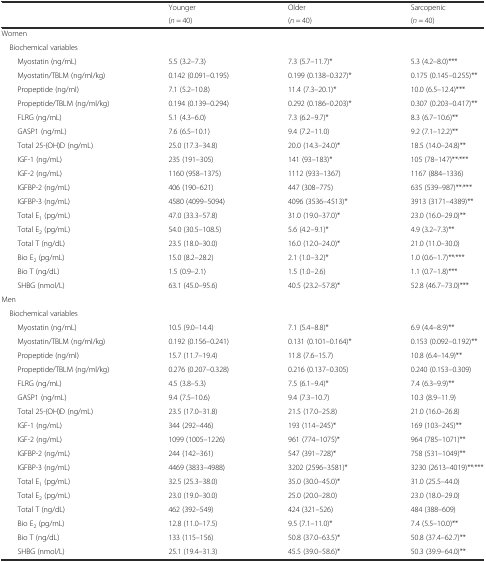
<table><thead><tr><td></td><td><b>Younger</b></td><td><b>Older</b></td><td><b>Sarcopenic</b></td></tr><tr><td></td><td><b>(<i>n</i> = 40)</b></td><td><b>(<i>n</i> = 40)</b></td><td><b>(<i>n</i> = 40)</b></td></tr></thead><tbody><tr><td colspan="4">Women</td></tr><tr><td colspan="4"> Biochemical variables</td></tr><tr><td>Myostatin (ng/mL)</td><td>5.5 (3.2–7.3)</td><td>7.3 (5.7–11.7)*</td><td>5.3 (4.2–8.0)***</td></tr><tr><td>Myostatin/TBLM (ng/ml/kg)</td><td>0.142 (0.091–0.195)</td><td>0.199 (0.138–0.327)*</td><td>0.175 (0.145–0.255)**</td></tr><tr><td>Propeptide (ng/ml)</td><td>7.1 (5.2–10.8)</td><td>11.4 (7.3–20.1)*</td><td>10.0 (6.5–12.4)***</td></tr><tr><td>Propeptide/TBLM (ng/ml/kg)</td><td>0.194 (0.139–0.294)</td><td>0.292 (0.186–0.203)*</td><td>0.307 (0.203–0.417)**</td></tr><tr><td>FLRG (ng/mL)</td><td>5.1 (4.3–6.0)</td><td>7.3 (6.2–9.7)*</td><td>8.3 (6.7–10.6)**</td></tr><tr><td>GASP1 (ng/mL)</td><td>7.6 (6.5–10.1)</td><td>9.4 (7.2–11.0)</td><td>9.2 (7.1–12.2)**</td></tr><tr><td>Total 25-(OH)D (ng/mL)</td><td>25.0 (17.3–34.8)</td><td>20.0 (14.3–24.0)*</td><td>18.5 (14.0–24.8)**</td></tr><tr><td>IGF-1 (ng/mL)</td><td>235 (191–305)</td><td>141 (93–183)*</td><td>105 (78–147)**<sup>,</sup>***</td></tr><tr><td>IGF-2 (ng/mL)</td><td>1160 (958–1375)</td><td>1112 (933–1367)</td><td>1167 (884–1336)</td></tr><tr><td>IGFBP-2 (ng/mL)</td><td>406 (190–621)</td><td>447 (308–775)</td><td>635 (539–987)**<sup>,</sup>***</td></tr><tr><td>IGFBP-3 (ng/mL)</td><td>4580 (4099–5094)</td><td>4096 (3536–4513)*</td><td>3913 (3171–4389)**</td></tr><tr><td>Total E<sub>1</sub> (pg/mL)</td><td>47.0 (33.3–57.8)</td><td>31.0 (19.0–37.0)*</td><td>23.0 (16.0–29.0)**</td></tr><tr><td>Total E<sub>2</sub> (pg/mL)</td><td>54.0 (30.5–108.5)</td><td>5.6 (4.2–9.1)*</td><td>4.9 (3.2–7.3)**</td></tr><tr><td>Total T (ng/dL)</td><td>23.5 (18.0–30.0)</td><td>16.0 (12.0–24.0)*</td><td>21.0 (11.0–30.0)</td></tr><tr><td>Bio E<sub>2</sub> (pg/mL)</td><td>15.0 (8.2–28.2)</td><td>2.1 (1.0–3.2)*</td><td>1.0 (0.6–1.7)**<sup>,</sup>***</td></tr><tr><td>Bio T (ng/dL)</td><td>1.5 (0.9–2.1)</td><td>1.5 (1.0–2.6)</td><td>1.1 (0.7–1.8)***</td></tr><tr><td>SHBG (nmol/L)</td><td>63.1 (45.0–95.6)</td><td>40.5 (23.2–57.8)*</td><td>52.8 (46.7–73.0)***</td></tr><tr><td colspan="4">Men</td></tr><tr><td colspan="4"> Biochemical variables</td></tr><tr><td>Myostatin (ng/mL)</td><td>10.5 (9.0–14.4)</td><td>7.1 (5.4–8.8)*</td><td>6.9 (4.4–8.9)**</td></tr><tr><td>Myostatin/TBLM (ng/ml/kg)</td><td>0.192 (0.156–0.241)</td><td>0.131 (0.101–0.164)*</td><td>0.153 (0.092–0.192)**</td></tr><tr><td>Propeptide (ng/ml)</td><td>15.7 (11.7–19.4)</td><td>11.8 (7.6–15.7)</td><td>10.8 (6.4–14.9)**</td></tr><tr><td>Propeptide/TBLM (ng/ml/kg)</td><td>0.276 (0.207–0.328)</td><td>0.216 (0.137–0.305)</td><td>0.240 (0.153–0.309)</td></tr><tr><td>FLRG (ng/mL)</td><td>4.5 (3.8–5.3)</td><td>7.5 (6.1–9.4)*</td><td>7.4 (6.3–9.9)**</td></tr><tr><td>GASP1 (ng/mL)</td><td>9.4 (7.5–10.6)</td><td>9.4 (7.3–10.7)</td><td>10.3 (8.9–11.9)</td></tr><tr><td>Total 25-(OH)D (ng/mL)</td><td>23.5 (17.0–31.8)</td><td>21.5 (17.0–25.8)</td><td>21.0 (16.0–26.8)</td></tr><tr><td>IGF-1 (ng/mL)</td><td>344 (292–446)</td><td>193 (114–245)*</td><td>169 (103–245)**</td></tr><tr><td>IGF-2 (ng/mL)</td><td>1099 (1005–1226)</td><td>961 (774–1075)*</td><td>964 (785–1071)**</td></tr><tr><td>IGFBP-2 (ng/mL)</td><td>244 (142–361)</td><td>547 (391–728)*</td><td>758 (531–1049)**</td></tr><tr><td>IGFBP-3 (ng/mL)</td><td>4469 (3833–4988)</td><td>3202 (2596–3581)*</td><td>3230 (2613–4019)**<sup>,</sup>***</td></tr><tr><td>Total E<sub>1</sub> (pg/mL)</td><td>32.5 (25.3–38.0)</td><td>35.0 (30.0–45.0)*</td><td>31.0 (25.5–44.0)</td></tr><tr><td>Total E<sub>2</sub> (pg/mL)</td><td>23.0 (19.0–30.0)</td><td>25.0 (20.0–28.0)</td><td>23.0 (18.0–29.0)</td></tr><tr><td>Total T (ng/dL)</td><td>462 (392–549)</td><td>424 (321–526)</td><td>484 (388–609)</td></tr><tr><td>Bio E<sub>2</sub> (pg/mL)</td><td>12.8 (11.0–17.5)</td><td>9.5 (7.1–11.0)*</td><td>7.4 (5.5–10.0)**</td></tr><tr><td>Bio T (ng/dL)</td><td>133 (115–156)</td><td>50.8 (37.0–63.5)*</td><td>50.8 (37.4–62.7)**</td></tr><tr><td>SHBG (nmol/L)</td><td>25.1 (19.4–31.3)</td><td>45.5 (39.0–58.6)*</td><td>50.3 (39.9–64.0)**</td></tr></tbody></table>